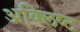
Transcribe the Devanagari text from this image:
अक्लिष्ट